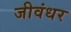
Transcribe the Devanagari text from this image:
जीवंधर